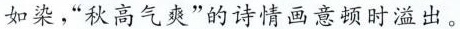
如染，”秋高气爽”的诗情画意时溢出。